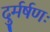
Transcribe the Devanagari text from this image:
दुर्मर्षणः